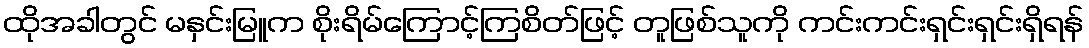
ထိုအခါတွင် မနှင်းမြူက စိုးရိမ်ကြောင့်ကြစိတ်ဖြင့် တူဖြစ်သူကို ကင်းကင်းရှင်းရှင်းရှိရန်